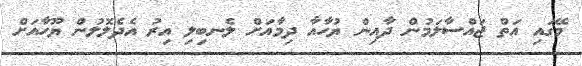
މޭގައި އަތް ޖައްސާލަމުން ދާއިން ޔުހާއާ ދިމާއަށް ލެނބިލި އިރު އެދެލޮލުން ޔޫހާއަށް